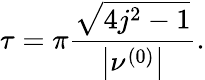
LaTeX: \tau=\pi\frac{\sqrt{4j^{2}-1}}{\left\vert\nu^{\left(0\right)}\right\vert}.